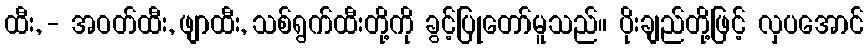
ထီး, - အဝတ်ထီး, ဖျာထီး, သစ်ရွက်ထီးတို့ကို ခွင့်ပြုတော်မူသည်။ ပိုးချည်တို့ဖြင့် လှပအောင်